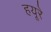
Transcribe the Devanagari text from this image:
हयूरे